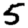
Digit: 5